Madras plague regulations and rules - Volume 2
Disease focus: Plague
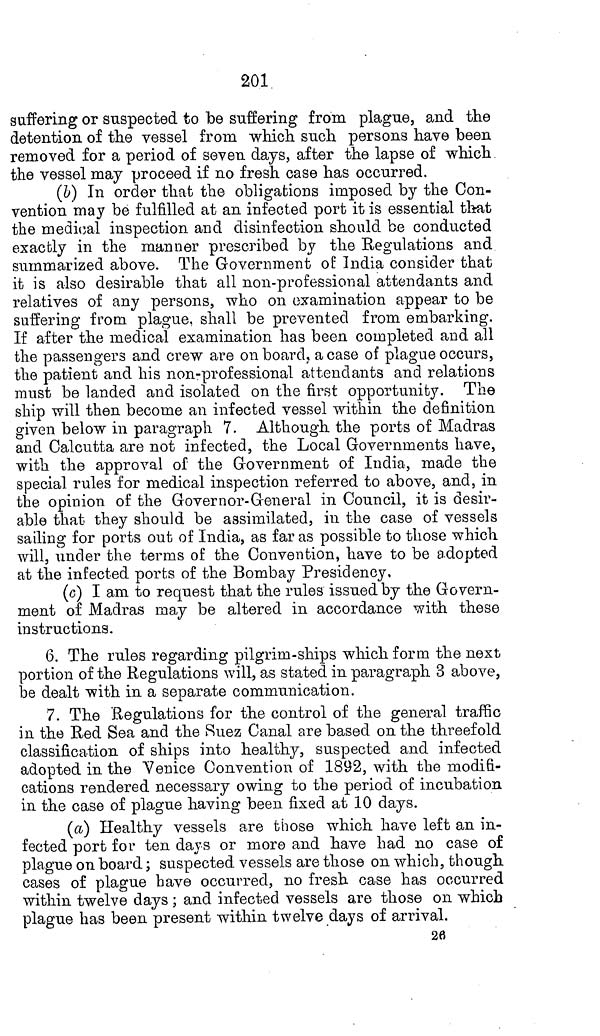
201
suffering or suspected to be suffering from plague, and the
detention of the vessel from which such persons have been
removed for a period of seven days, after the lapse of which
the vessel may proceed if no fresh case has occurred.
(b) In order that the obligations imposed by the Con-
vention may be fulfilled at an infected port it is essential that
the medical inspection and disinfection should be conducted
exactly in the manner prescribed by the Regulations and
summarized above. The Government of India consider that
it is also desirable that all non-professional attendants and
relatives of any persons, who on examination appear to be
suffering from plague, shall be prevented from embarking.
If after the medical examination has been completed and all
the passengers and crew are on board, a case of plague occurs,
the patient and his non-professional attendants and relations
must be landed and isolated on the first opportunity. The
ship will then become an infected vessel within the definition
given below in paragraph 7. Although the ports of Madras
and Calcutta are not infected, the Local Governments have,
with the approval of the Government of India, made the
special rules for medical inspection referred to above, and, in
the opinion of the Governor-General in Council, it is desir-
able that they should be assimilated, in the case of vessels
sailing for ports out of India, as far as possible to those which
will, under the terms of the Convention, have to be adopted
at the infected ports of the Bombay Presidency,
(c) I am to request that the rules issued by the Govern-
ment of Madras may be altered in accordance with these
instructions.
6. The rules regarding pilgrim-ships which form the next
portion of the Regulations will, as stated in paragraph 3 above,
be dealt with in a separate communication.
7. The Regulations for the control of the general traffic
in the Red Sea and the Suez Canal are based on the threefold
classification of ships into healthy, suspected and infected
adopted in the Venice Convention of 1892, with the modifi-
cations rendered necessary owing to the period of incubation
in the case of plague having been fixed at 10 days.
(a) Healthy vessels are those which have left an in-
fected port for ten days or more and have had no case of
plague on board; suspected vessels are those on which, though
cases of plague have occurred, no fresh case has occurred
within twelve days ; and infected vessels are those on which
plague has been present within twelve days of arrival.
26